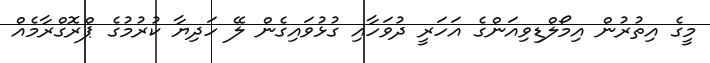
މީގެ އިތުރުން އިމޯލްޑިވިއަންގެ އަހަރީ ދުވަހާއި ގުޅުވައިގެން ލޭ ހަދިޔާ ކުރުމުގެ ޕްރޮގްރާމެއް